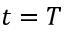
t = T